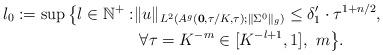
LaTeX: \begin{align*} l_0 := \sup\big\{l\in \mathbb{N}^+: & \|u\|_{L^2(A^g(\mathbf{0}, \tau/K,\tau); \|\Sigma^0\|_g)}\leq \delta_1' \cdot \tau^{1+ n/2}, \\ & \ \forall \tau = K^{-m}\in [K^{-l+1}, 1],\ m \big\}. \end{align*}